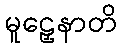
မူဠှေနာတိ